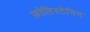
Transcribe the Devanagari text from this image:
फ़ोलिस्टेनिन